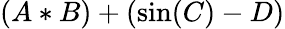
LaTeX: (A*B)+(\sin(C)-D)